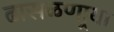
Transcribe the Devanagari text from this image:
ढासळणार्‍या